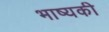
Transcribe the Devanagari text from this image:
भाष्यकी